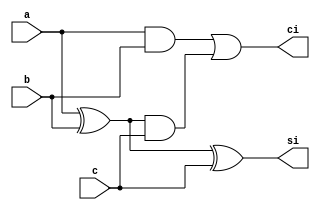
`timescale 1ns / 1ps
//////////////////////////////////////////////////////////////////////////////////
// Company: 
// Engineer: 
// 
// Design Name: 
// Module Name: add3
// Project Name: 
// Target Devices: 
// Tool Versions: 
// Description: 
// 
// Dependencies: 
// 
// Revision:
// Revision 0.01 - File Created
// Additional Comments:
// 
//////////////////////////////////////////////////////////////////////////////////


module add3(a,b,c,si,ci); 
input a,b,c;
output si,ci;
wire si,ci;

assign si=a^b^c;
assign ci=a&b|(a^b)&c;

endmodule